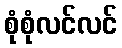
စုံစုံလင်လင်